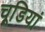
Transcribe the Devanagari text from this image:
चूडि़यां